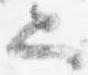
也